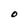
Character: O